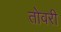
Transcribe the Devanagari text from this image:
तोवरी